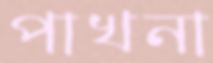
পাখনা